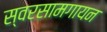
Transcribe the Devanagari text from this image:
स्वरसामगायन